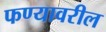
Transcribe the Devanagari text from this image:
फण्यावरील